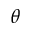
\theta